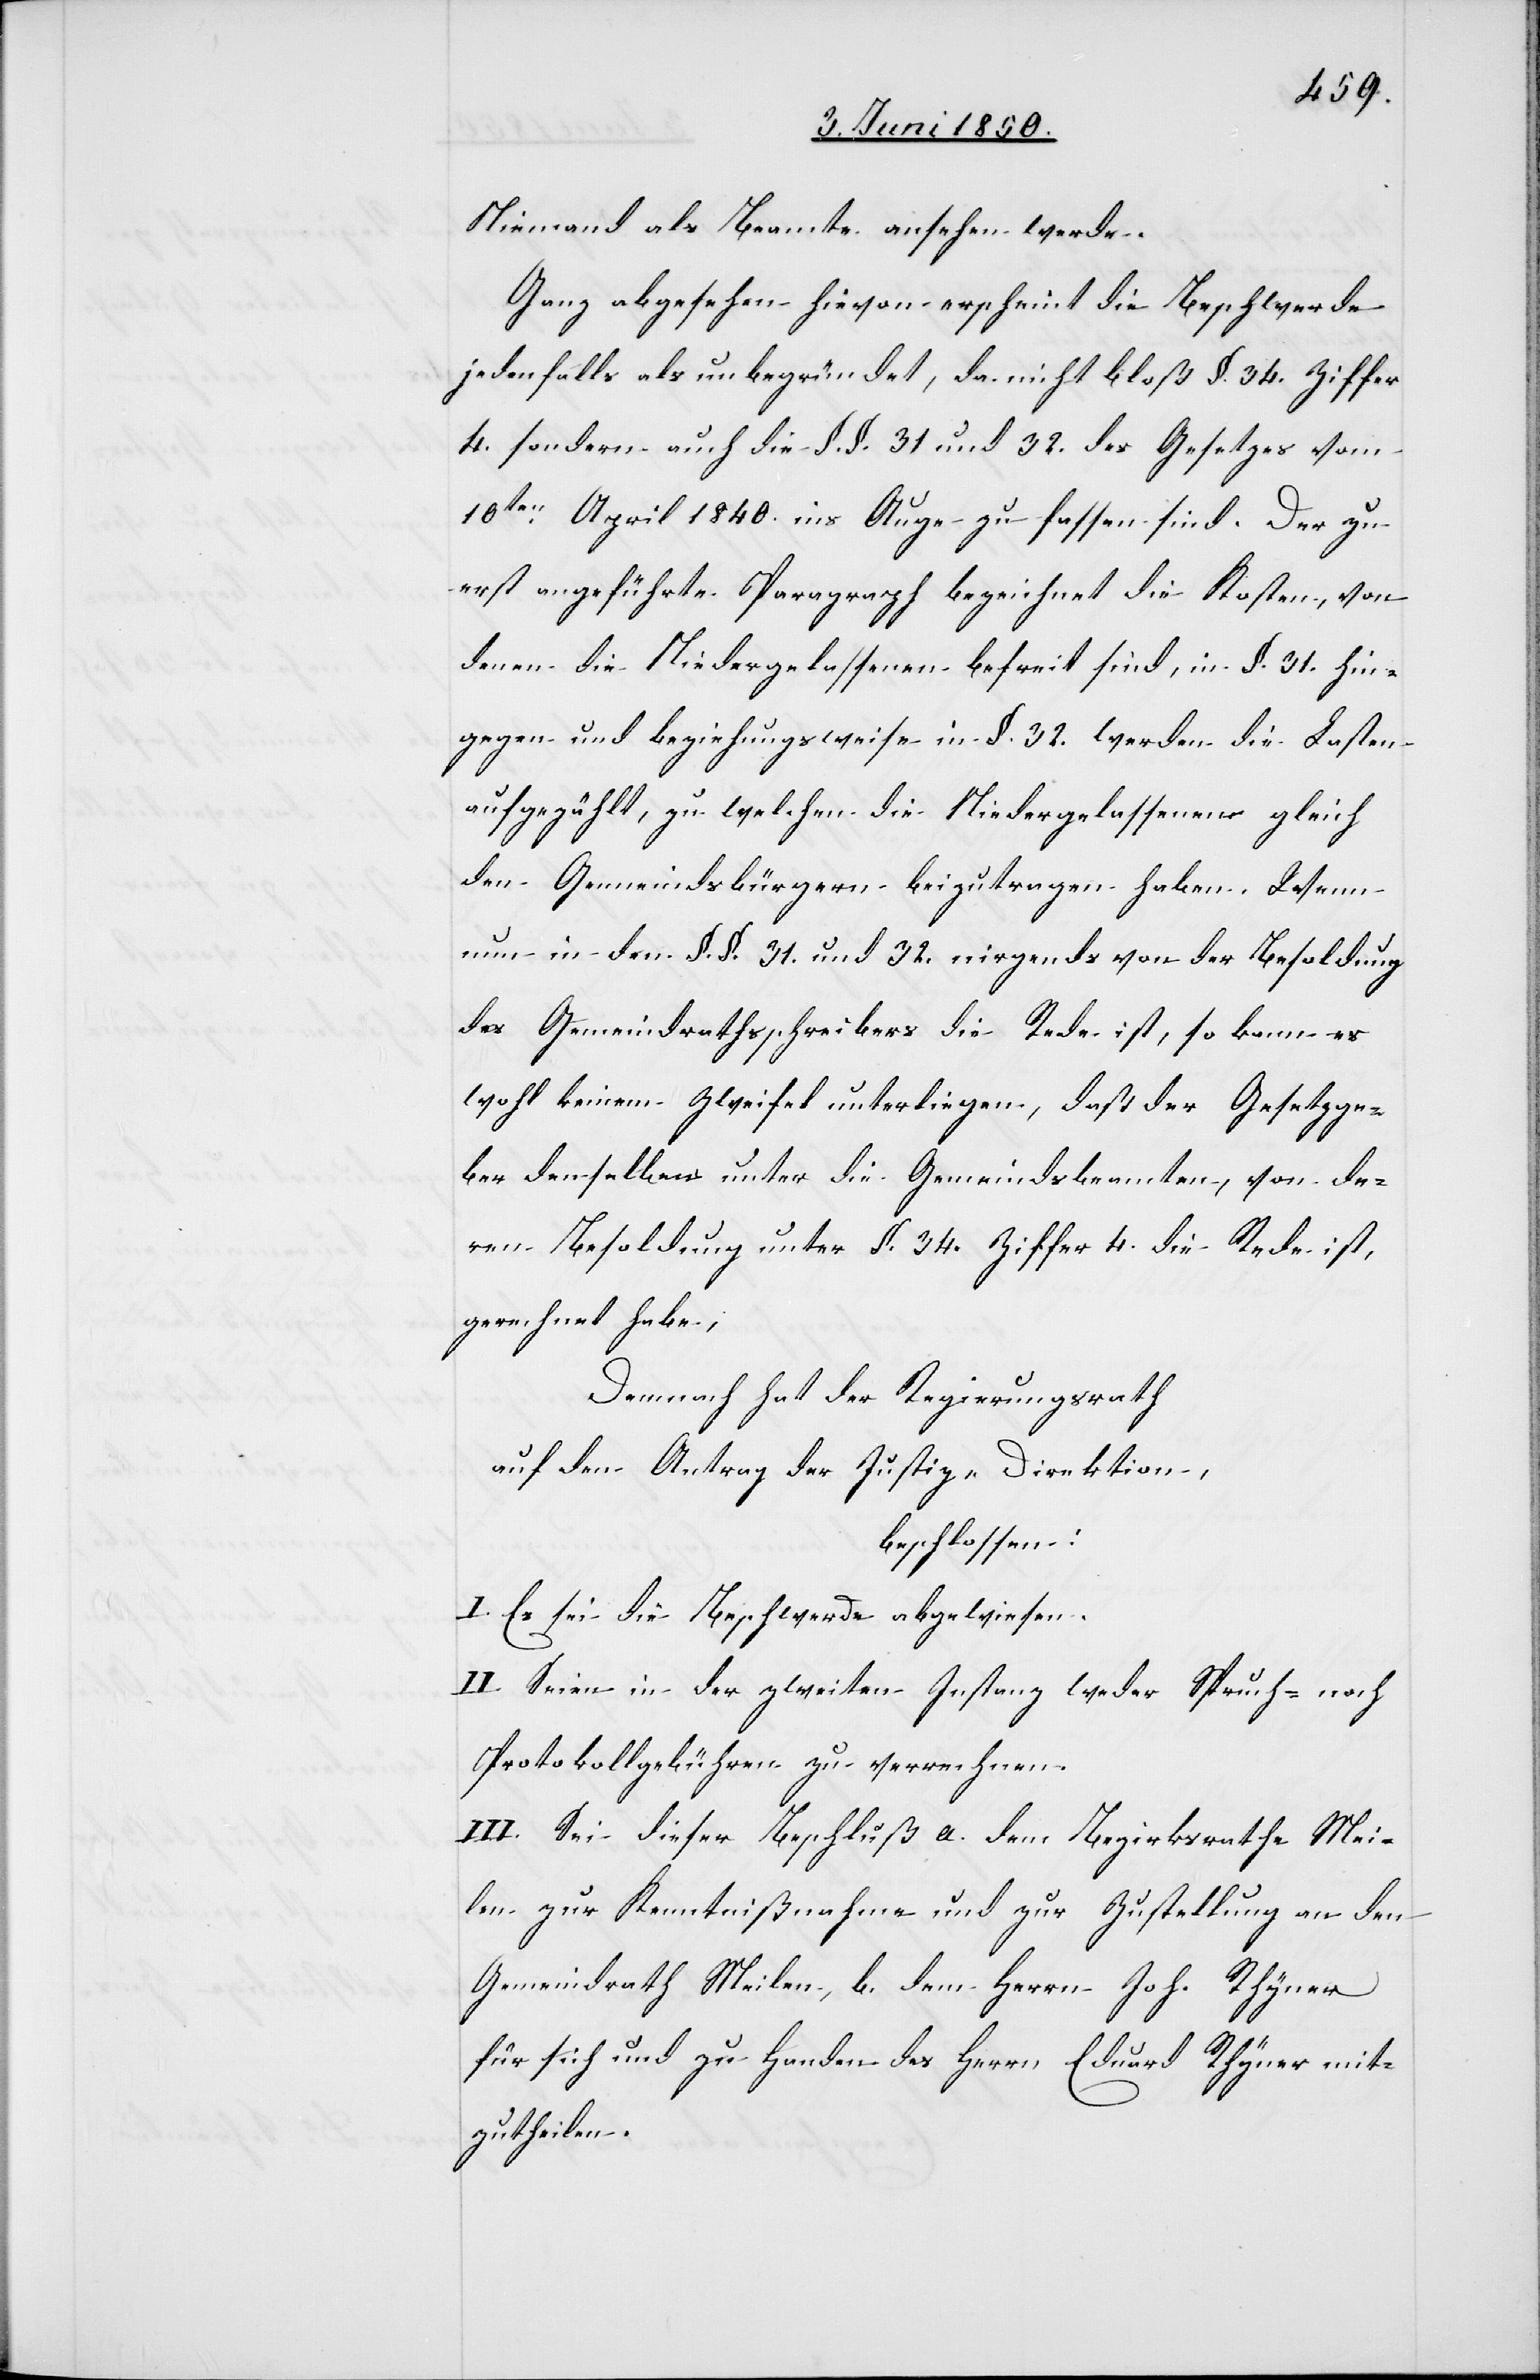
Niemand als Beamte ansehen werde.
Ganz abgesehen hievon erscheint die Beschwerde
jedenfalls als unbegründet, da nicht bloß §. 34. Ziffer
4. sondern auch die §. §. 31 und 32. des Gesetzes vom
10ten April 1840. ins Auge zu fassen sind. Der zu
erst angeführte Paragraph bezeichnet die Kosten, von
denen die Niedergelassenen befreit sind, in §. 31. hin¬
gegen und beziehungsweise in §. 32. werden die Lasten
aufgezählt, zu welchen die Niedergelassenen gleich
den Gemeindsbürgern beizutragen haben. Wenn
nun in den §. §. 31. und 32. nirgends von der Besoldung
des Gemeindrathsschreibers die Rede ist, so kann es
wohl keinem Zweifel unterliegen, daß der Gesetzge¬
ber denselben unter die Gemeindsbeamten, von de¬
ren Besoldung unter §. 34. Ziffer 4. die Rede ist,
gerechnet habe;
Demnach hat der Regierungsrath
auf den Antrag der Justiz-Direktion,
beschlossen:
I. Es sei die Beschwerde abgewiesen.
II. Seien in der zweiten Instanz weder Spruch- noch
Protokollgebühren zu verrechnen.
III. Sei dieser Beschluß a. dem Bezirksrathe Mei¬
len zur Kenntnißnahme und zur Zustellung an den
Gemeindrath Meilen, b. dem Herrn Joh. Rhyner
für sich und zu Handen des Herrn Eduard Rhyner mit¬
zutheilen.